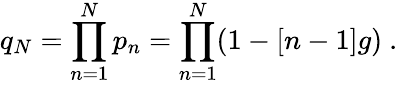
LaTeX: q_{N}=\prod_{n=1}^{N}p_{n}=\prod_{n=1}^{N}(1-[n-1]g)\ .